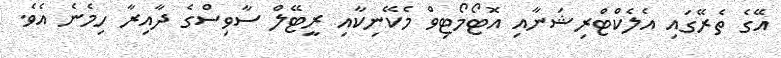
އޭގެ ތެރޭގައި އެލެކްޓްރިޝަނާއި އޮޓޯމޯޓިވް މެކޭނިކާއި ރީޓޭލް ސާވިސްގެ ދާއިރާ ހިމެނެ އެވެ.